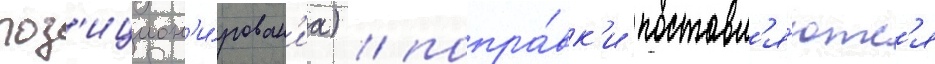
поз'ицион'и́рован'иа) / попра́вк'и поставл'я́ютс'я